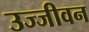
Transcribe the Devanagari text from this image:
उज्जीवन